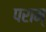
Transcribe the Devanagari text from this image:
पराम्